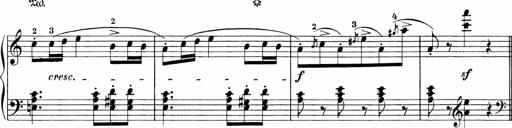
Title: 3 Sonatinas
Composer: Carl Reinecke